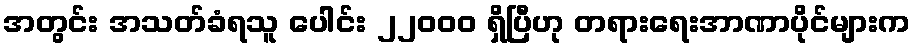
အတွင်း အသတ်ခံရသူ ပေါင်း ၂၂၀၀၀ ရှိပြီဟု တရားရေးအာဏာပိုင်များက